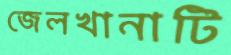
জেলখানাটি